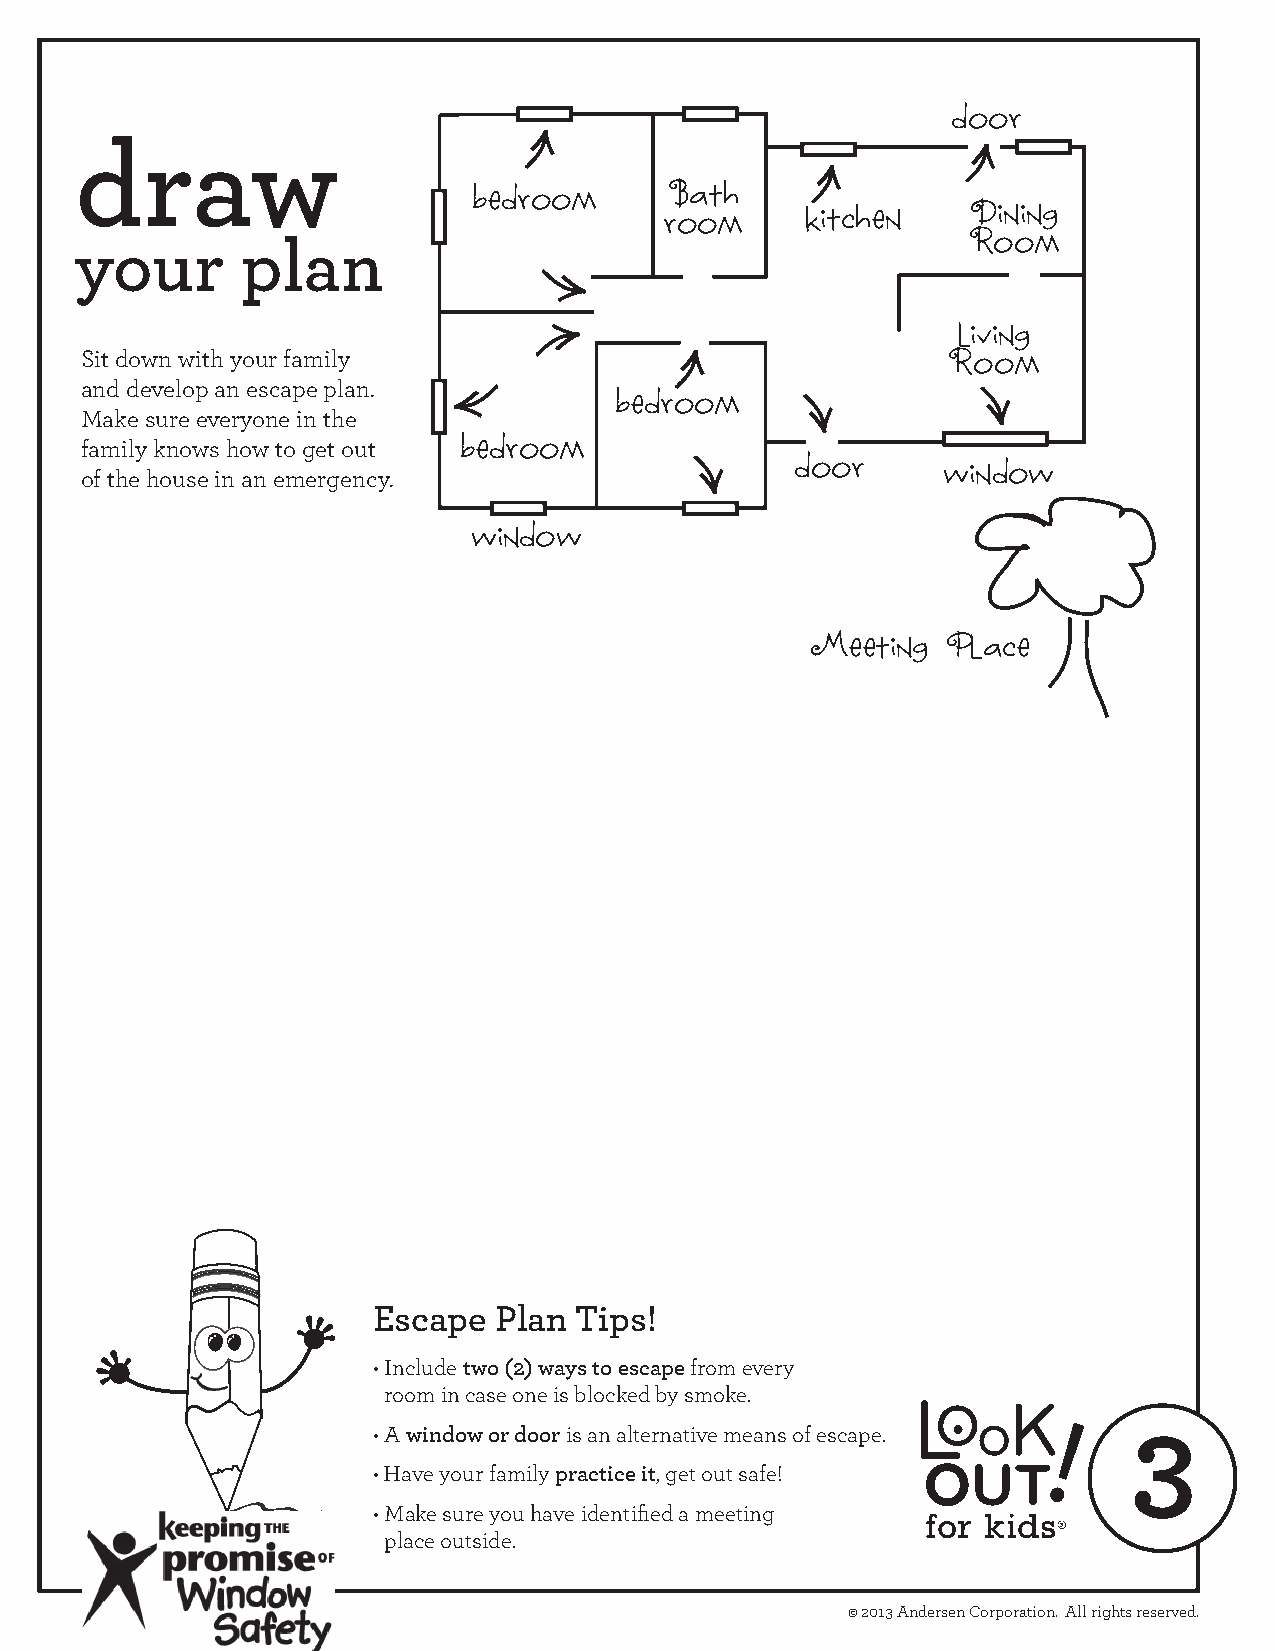
door
 draw
 bedroom      Bath
 room     kitchen    Dining
 your       plan                                            Room
 living
 Sit down with your family
 Room
 and develop an escape plan.
 bedroom
 Make sure everyone in the
 family knows how to get out
 bedroom
 of the house in an emergency.                   door      window
 window
 Meeting  Place
 Escape  Plan Tips!
 • Include two (2) ways to escape from every
 room in case one is blocked by smoke.
 33
 • A window or door is an alternative means of escape.
 •Have your family practice it, get out safe!
 • Make sure you have identified a meeting
 place outside.
 © 2013 Andersen Corporation. All rights reserved.